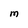
Character: M